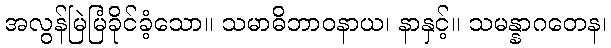
အလွန်မြဲမြံခိုင်ခံ့သော။ သမာဓိဘာဝနာယ၊ နာနှင့်။ သမန္နာဂတေန၊